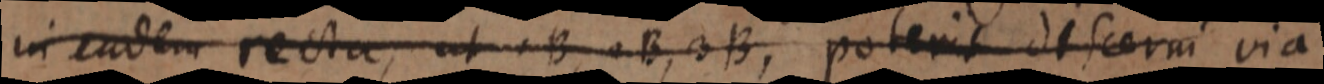
in eadem recta, ut 1B, 2B, 3B, poterit discerni via